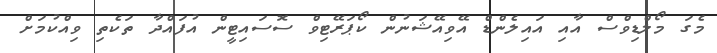
މެގަ މޯލްޑިވްސް އާއި އައިލެންޑް އޭވިއޭޝަނުން ކޯޕަރޭޓިވް ސޮސައިޓީން އުފައްދާ ތަކެތި ވިއްކުމަށް